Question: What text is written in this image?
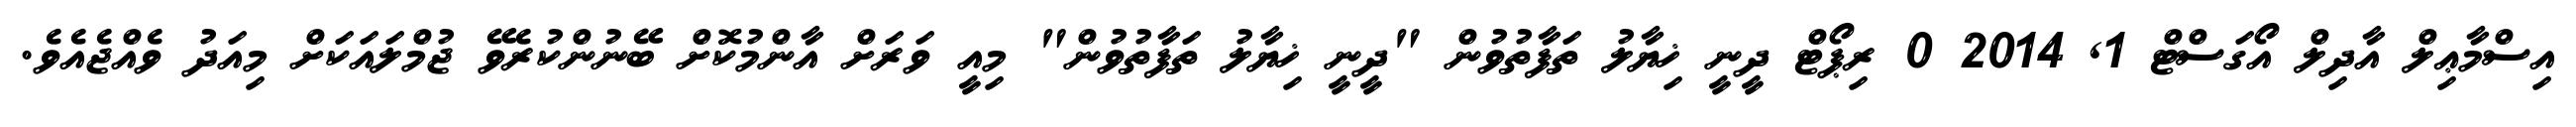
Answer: އިސްމާޢިލް އާދިލް އޯގަސްޓް 1, 2014 0 ރިޕޯޓް ދީނީ ޚިޔާލު ތަފާތުވުން "ދީނީ ޚިޔާލު ތަފާތުވުން" މިއީ ވަރަށް އާންމުކޮށް ބޭނުންކުރެވޭ ޖުމްލައަކަށް މިއަދު ވެއްޖެއެވެ.